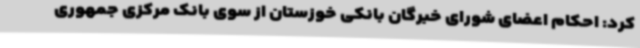
کرد: احکام اعضای شورای خبرگان بانکی خوزستان از سوی بانک مرکزی جمهوری